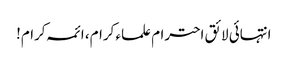
انتہائی لائق احترام علماء کرام، ائمہ کرام!